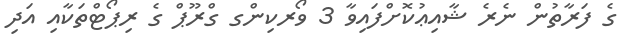
ގެ ފަރާތުން ނެރެ ޝާއިޢުކޮށްފައިވާ 3 ވޯރކިންގ ގްރޫޕް ގެ ރިޕޯޓްތަކާއި އަދި